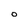
Character: o